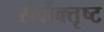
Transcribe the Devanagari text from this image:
सर्वोक्तृष्ट